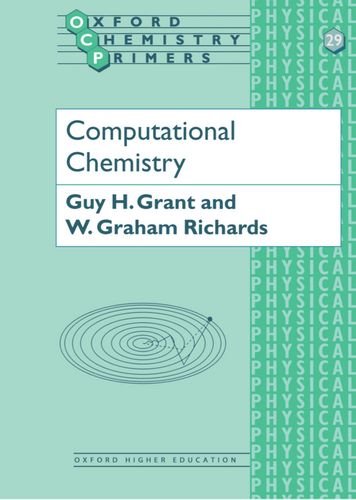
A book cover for Computational Chemistry (Oxford Chemistry Primers); Guy H. Grant; Science & Math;